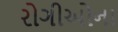
રોગીઓના